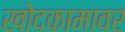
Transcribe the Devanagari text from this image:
खोदकामावर